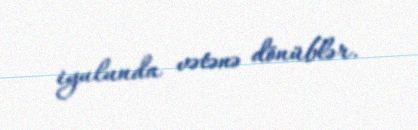
iyulunda vətənə dönüblər.